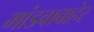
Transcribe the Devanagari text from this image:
मांडवाबाहेर